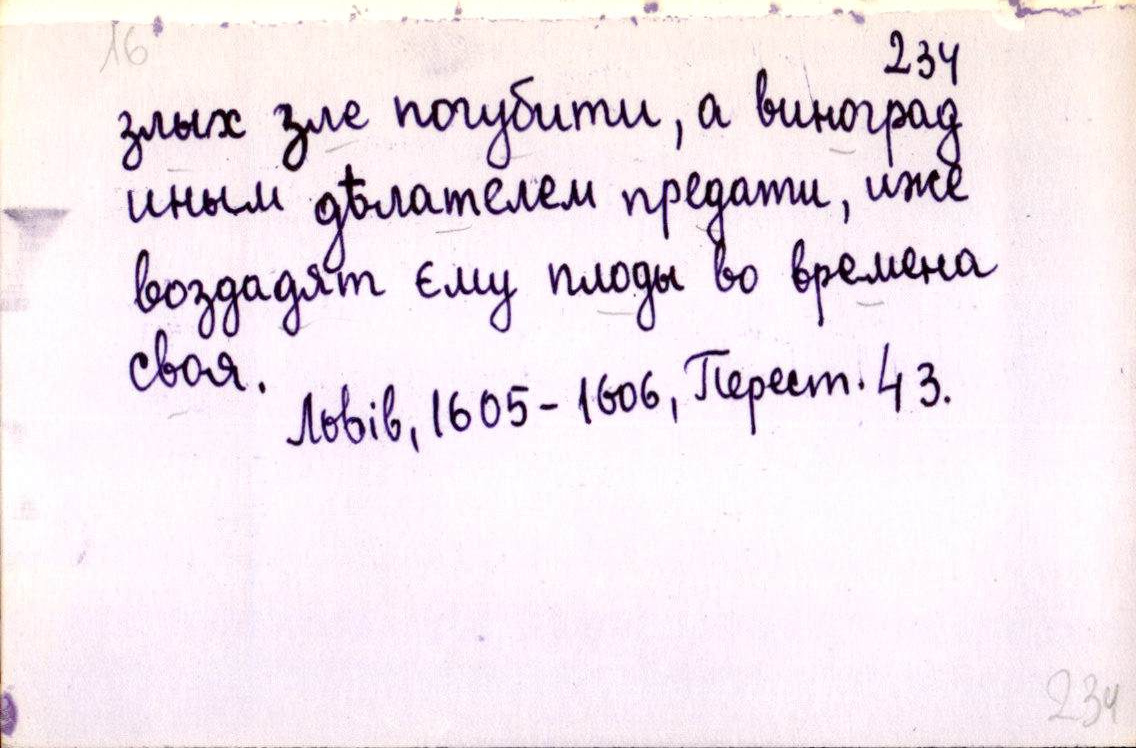
злых зле погубити, а виноград
иным дѣлателем предати, иже
воздадят єму плоды во времена
своя.
Львів, 1605-1606, Перест. 43.